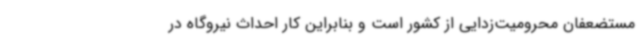
مستضعفان محرومیت‌زدایی از کشور است و بنابراین کار احداث نیروگاه در